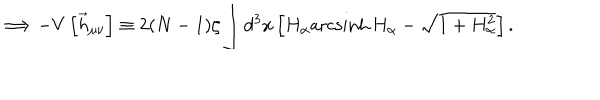
\Longrightarrow - V \left[ \vec { h } _ { \mu \nu } \right] \equiv 2 ( N - 1 ) \zeta \int d ^ { 3 } x \left[ H _ { \alpha } \mathrm { a r c s i n h } { \, } H _ { \alpha } - \sqrt { 1 + H _ { \alpha } ^ { 2 } } \right] .